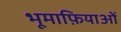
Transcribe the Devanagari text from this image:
भूमाफ़ियाओं